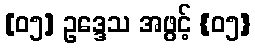
[၀၅] ဥဒ္ဒေသ အဖွင့် {၀၅}